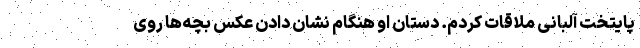
پایتخت آلبانی ملاقات کردم. دستان او هنگام نشان دادن عکس بچه‌ها روی